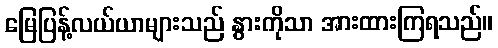
မြေပြန့်လယ်ယာများသည် နွားကိုသာ အားထားကြရသည်။